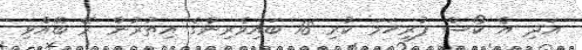
އަދި އެ ކޯސް ފުރިހަމަ ކުރި 18 ބައިވެރިންގެ އިތުރުން ރޭ ބޭއްވި